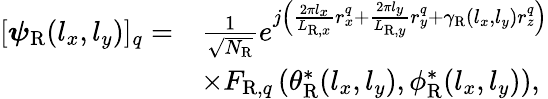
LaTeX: \begin{array}{rl}{[\boldsymbol{\psi}_{\mathrm{R}}(l_{x},l_{y})]_{q}=}&{\frac{1}{\sqrt{N_{\mathrm{R}}}}e^{j\left(\frac{2\pi l_{x}}{L_{\mathrm{R},x}}r_{x}^{q}+\frac{2\pi l_{y}}{L_{\mathrm{R},y}}r_{y}^{q}+\gamma_{\mathrm{R}}(l_{x},l_{y})r_{z}^{q}\right)}}\\ &{\times F_{\mathrm{R},q}\left(\theta_{\mathrm{R}}^{*}(l_{x},l_{y}),\phi_{\mathrm{R}}^{*}(l_{x},l_{y})\right),}\end{array}